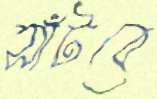
সাঁটবে